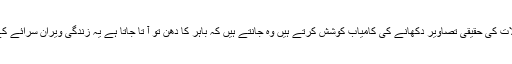
وہ آئینۂ الفاظ میں حالات کی حقیقی تصاویر دکھانے کی کامیاب کوشش کرتے ہیں وہ جانتے ہیں کہ باہر کا دھن تو آ تا جاتا ہے یہ زندگی ویران سرائے کے دیے کے مانند ہے۔